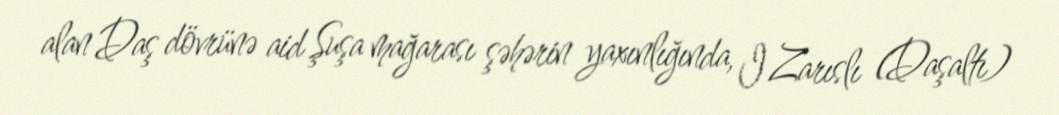
alan Daş dövrünə aid Şuşa mağarası şəhərin yaxınlığında, I Zarıslı (Daşaltı)